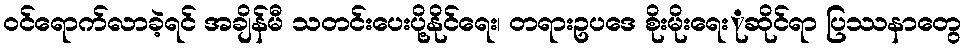
ဝင်ရောက်လာခဲ့ရင် အချိန်မီ သတင်းပေးပို့နိုင်ရေး၊ တရားဥပဒေ စိုးမိုးရေးုဆိုင်ရာ ပြဿနာတွေ